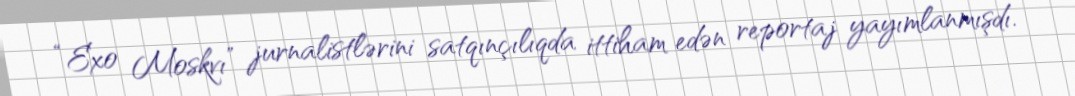
“Exo Moskvı” jurnalistlərini satqınçılıqda ittiham edən reportaj yayımlanmışdı.